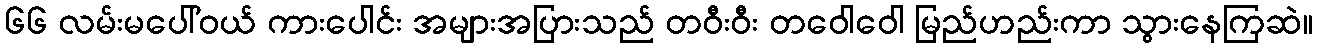
၆၆ လမ်းမပေါ်ဝယ် ကားပေါင်း အများအပြားသည် တဝီးဝီး တဝေါဝေါ မြည်ဟည်းကာ သွားနေကြဆဲ။